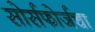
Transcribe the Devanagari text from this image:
सोर्सफोर्जचा